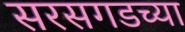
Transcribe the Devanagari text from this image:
सरसगडच्या